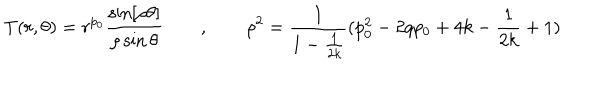
T ( r , \theta ) = r ^ { p _ { 0 } } \frac { \sin [ \rho \theta ] } { \rho \sin \theta } \qquad , \qquad \rho ^ { 2 } = \frac { 1 } { 1 - \frac { 1 } { 2 k } } ( p _ { 0 } ^ { 2 } - 2 q p _ { 0 } + 4 k - \frac { 1 } { 2 k } + 1 )